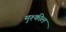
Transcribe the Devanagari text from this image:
मुश्कील